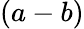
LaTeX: (a-b)